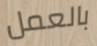
بالعمل